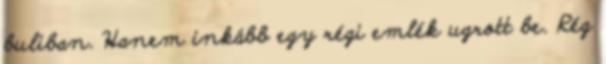
buliban. Hanem inkább egy régi emlék ugrott be. Rég